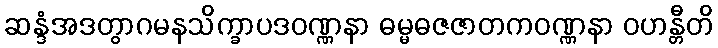
ဆန္ဒံအဒတွာဂမနသိက္ခာပဒဝဏ္ဏနာ ဓမ္မဓဇဇာတကဝဏ္ဏနာ ဝဟန္တီတိ